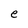
Character: e